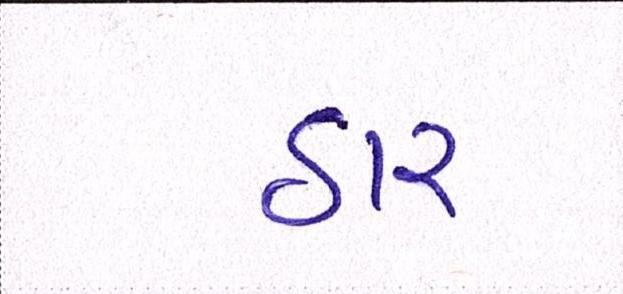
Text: ઠાર